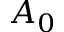
A _ { 0 }